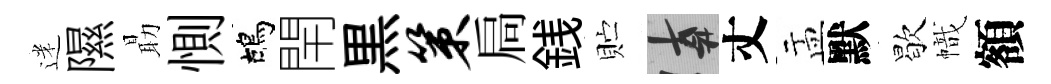
迷隰朂惻鴣閈黒策扃銭贮遲丈盂默歇幟額